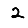
Digit: 2